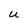
Character: U